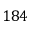
1 8 4